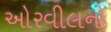
ઓરવીલનો